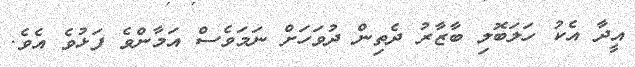
އީދާ އެކު ހަލަބޮލި ބާޒާރު ދެތިން ދުވަހަށް ނަމަވެސް އަމާންވެ ފަޅުވެ އެވެ.